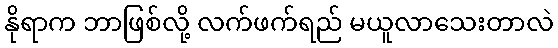
နိုရာက ဘာဖြစ်လို့ လက်ဖက်ရည် မယူလာသေးတာလဲ